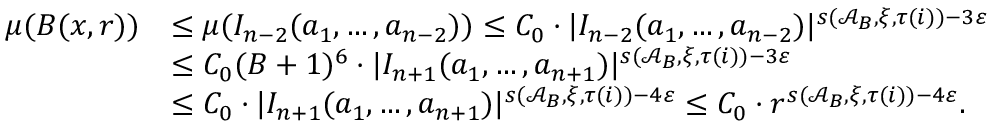
\begin{array} { r l } { \mu ( B ( x , r ) ) } & { \leq \mu ( I _ { n - 2 } ( a _ { 1 } , \ldots , a _ { n - 2 } ) ) \leq C _ { 0 } \cdot | I _ { n - 2 } ( a _ { 1 } , \ldots , a _ { n - 2 } ) | ^ { s ( \mathcal { A } _ { B } , \xi , { \tau ( i ) } ) - 3 \varepsilon } } \\ & { \le C _ { 0 } ( B + 1 ) ^ { 6 } \cdot | I _ { n + 1 } ( a _ { 1 } , \ldots , a _ { n + 1 } ) | ^ { s ( \mathcal { A } _ { B } , \xi , { \tau ( i ) } ) - 3 \varepsilon } } \\ & { \le C _ { 0 } \cdot | I _ { n + 1 } ( a _ { 1 } , \ldots , a _ { n + 1 } ) | ^ { s ( \mathcal { A } _ { B } , \xi , { \tau ( i ) } ) - 4 \varepsilon } \le C _ { 0 } \cdot r ^ { s ( \mathcal { A } _ { B } , \xi , { \tau ( i ) } ) - 4 \varepsilon } . } \end{array}